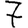
Digit: 7